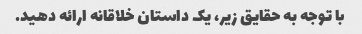
با توجه به حقایق زیر، یک داستان خلاقانه ارائه دهید.